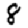
Digit: 8